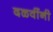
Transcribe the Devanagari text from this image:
दळवींनी